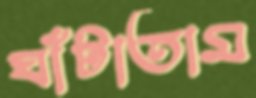
ঘাঁটাতাম